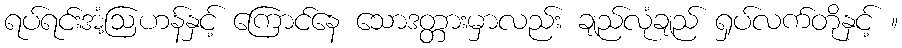
ရပ်ရင်းအံ့ဩဟန်နှင့် ကြောင်နေ သောဒတ္တားမှာလည်း ချည်လုံချည် ရှပ်လက်တိုနှင့် ။